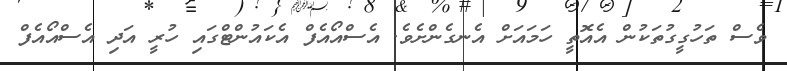
ވެސް ތަހުގީގުތަކުން އެއޮތީ ހަމައަށް އެނގެންށެވެ. އެސްއޯއެފް އެކައުންޓްގައި ހުރީ އަދި އެސްއޯއެފް